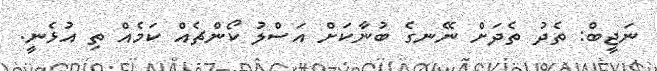
ނަޖީބް: ތެދު ތެދަށް ނޭނގެ ބުނާކަށް އަސްލު ކޯންޗެއް ކަމެއް ތި އުޅެނީ.